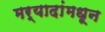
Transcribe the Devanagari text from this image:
मर्यादांमधून